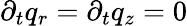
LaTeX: \partial_{t}q_{r}=\partial_{t}q_{z}=0